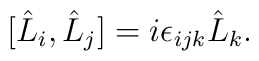
[\hat{L}_{i},\hat{L}_{j}]=i\epsilon_{ijk}\hat{L}_{k}.